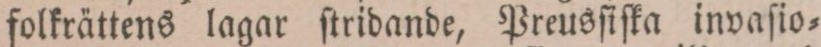
folkrättens lagar ſtridande, Preusſiſka invaſio=